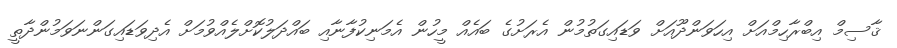
ޤާސިމް އިބްރާހިމްއަށް އިހަވަންދޫއަށް ވަޑައިގަތުމުން އެރަށުގެ ބައެއް މީހުން އެމަނިކުފާނާއި ބައްދަލުކޮށްލެއްވުމަށް އެދިވަޑައިގަންނަވަމުންދާތީ